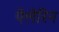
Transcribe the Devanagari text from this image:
पेलेरिन